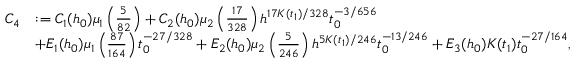
\begin{array} { r l } { C _ { 4 } } & { : = C _ { 1 } ( h _ { 0 } ) \mu _ { 1 } \left( \frac { 5 } { 8 2 } \right) + C _ { 2 } ( h _ { 0 } ) \mu _ { 2 } \left( \frac { 1 7 } { 3 2 8 } \right) h ^ { 1 7 K ( t _ { 1 } ) / 3 2 8 } t _ { 0 } ^ { - 3 / 6 5 6 } } \\ & { + E _ { 1 } ( h _ { 0 } ) \mu _ { 1 } \left( \frac { 8 7 } { 1 6 4 } \right) t _ { 0 } ^ { - 2 7 / 3 2 8 } + E _ { 2 } ( h _ { 0 } ) \mu _ { 2 } \left( \frac { 5 } { 2 4 6 } \right) h ^ { 5 K ( t _ { 1 } ) / 2 4 6 } t _ { 0 } ^ { - 1 3 / 2 4 6 } + E _ { 3 } ( h _ { 0 } ) K ( t _ { 1 } ) t _ { 0 } ^ { - 2 7 / 1 6 4 } , } \end{array}